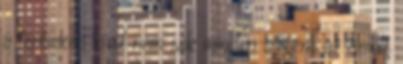
a fentieken kívül nem sok minden történt az elmúlt